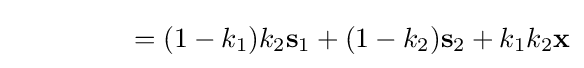
\qquad \qquad \ =(1-k_{1})k_{2}\mathbf {s} _{1}+(1-k_{2})\mathbf {s} _{2}+k_{1}k_{2}\mathbf {x}